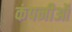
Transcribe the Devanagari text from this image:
कंपनीऑ